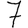
Digit: 7